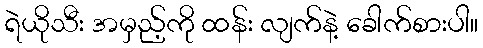
ရဲယိုသီး အမှည့်ကို ထန်း လျက်နဲ့ ခေါက်စားပါ။